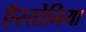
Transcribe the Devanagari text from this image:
ऍस्तोनिया